Civil Veterinary Department. Madras. Admin. report 1926-33 - 1926-1933
Year: 1926
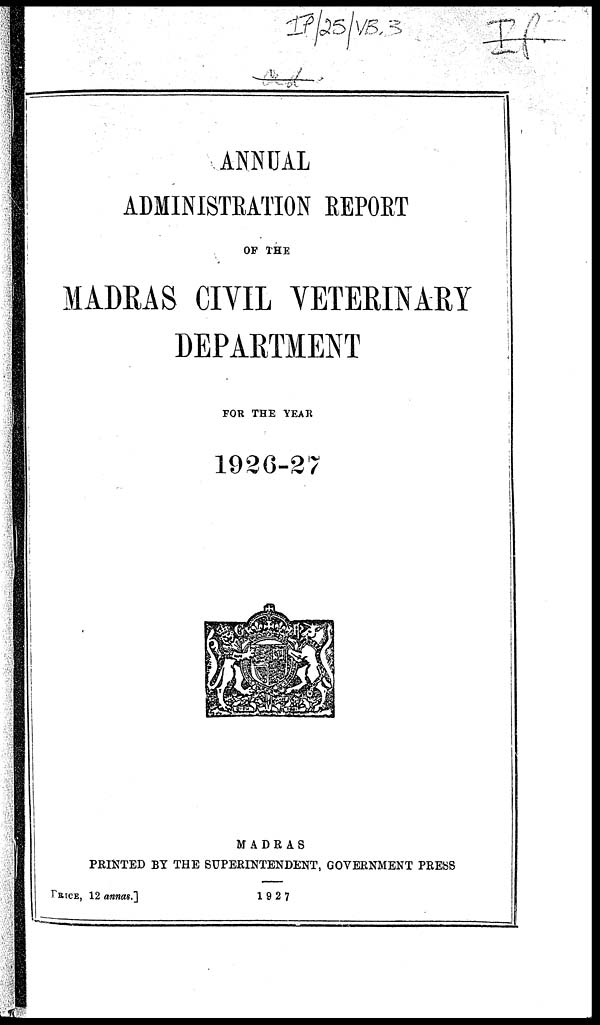
ANNUAL
ADMINISTRATION REPORT
OF THE
MADRAS CIVIL VETERINARY
DEPARTMENT
FOR THE YEAR
1926-27
MADRAS
PRINTED BY THE SUPERINTENDENT, GOVERNMENT PRESS
PRICE, 12 annas.]
1927